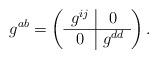
LaTeX: \begin{align*}g^{ab} = \left( \begin{array}{c|c} g^{ij} & 0\\ \hline 0 & g^{dd} \end{array} \right).\end{align*}